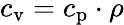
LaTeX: c_{\mathrm{v}}=c_{\mathrm{p}}\cdot\rho